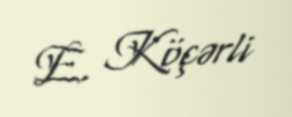
E. Köçərli